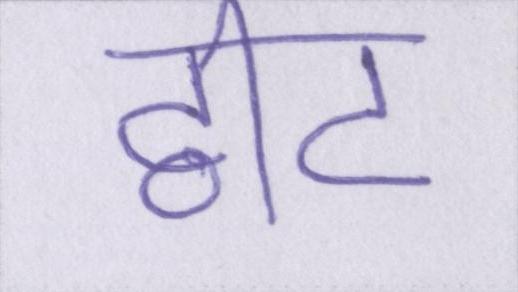
ट्वीट